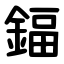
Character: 鍢